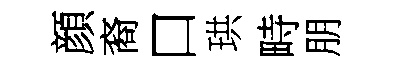
顔裔口珙畤朋